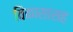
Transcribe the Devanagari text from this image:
विकासासह